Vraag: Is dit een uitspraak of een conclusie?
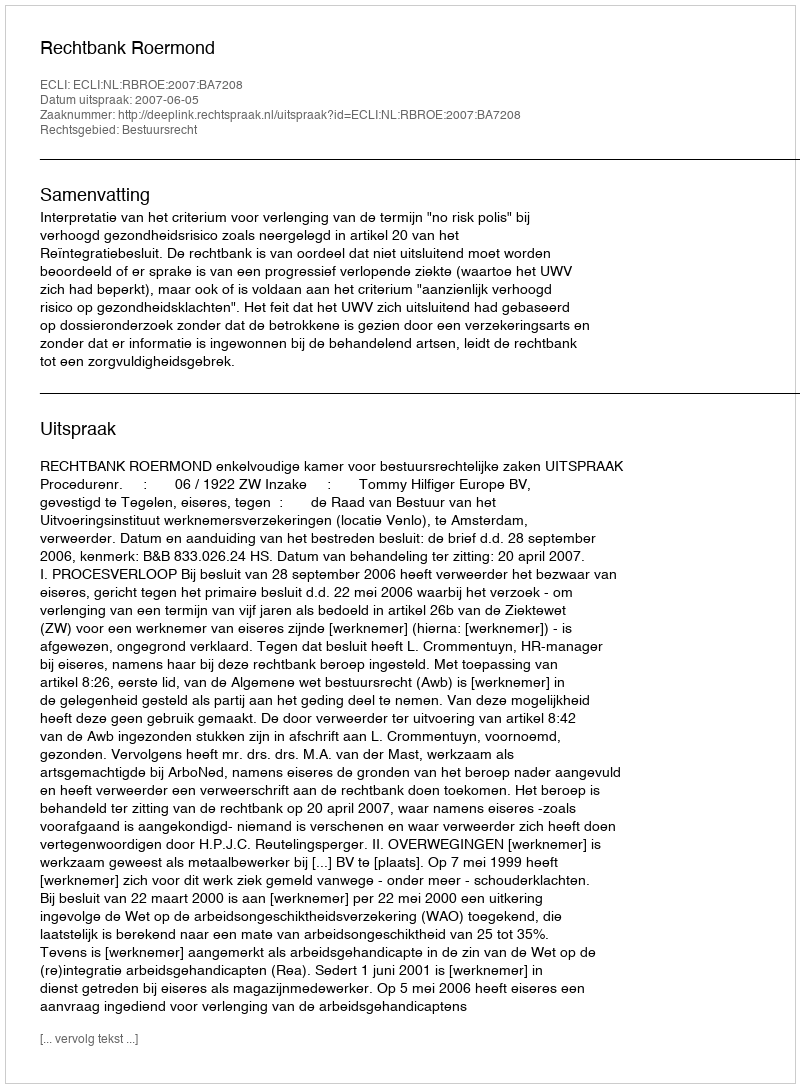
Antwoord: Uitspraak